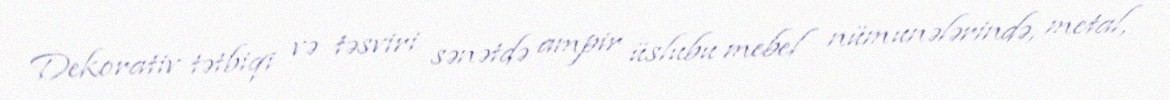
Dekorativ tətbiqi və təsviri sənətdə ampir üslubu mebel nümunələrində, metal,